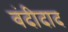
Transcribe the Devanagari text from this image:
वंदीदाद